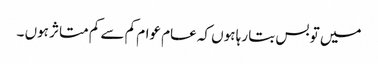
میں تو بس بتا رہا ہوں کہ عام عوام کم سے کم متاثر ہوں ۔